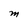
Character: M